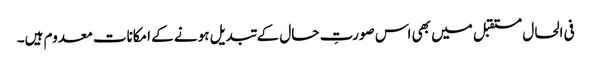
فی الحال مستقبل میں بھی اس صورتِ حال کے تبدیل ہونے کے امکانات معدوم ہیں۔